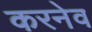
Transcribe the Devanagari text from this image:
करनेव